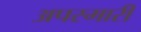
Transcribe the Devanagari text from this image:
अपस्मारी